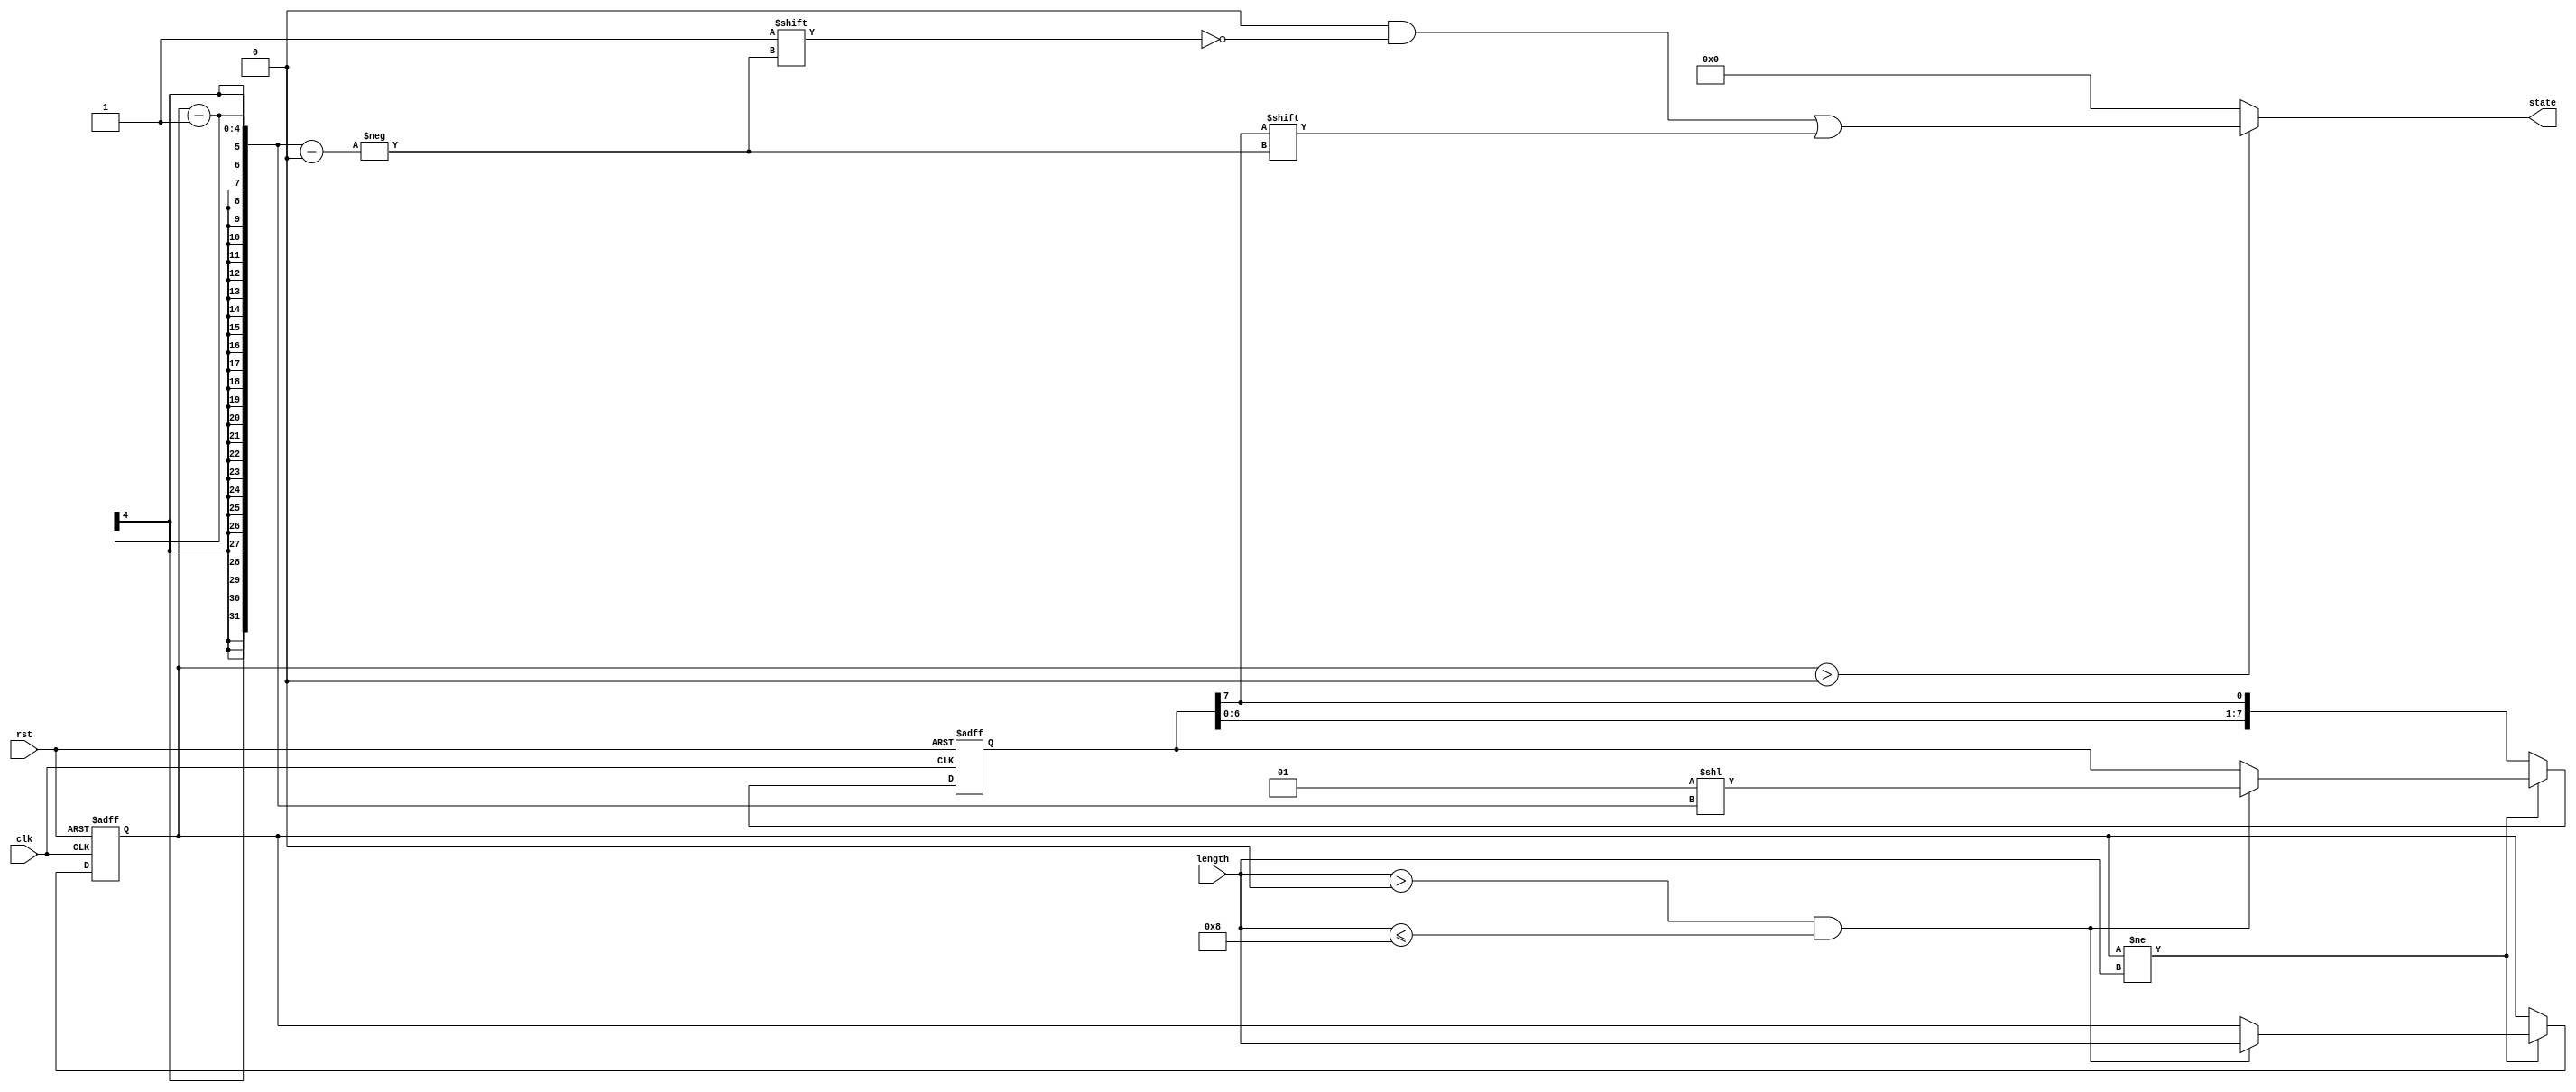
module variable_length_ring_counter #(
    parameter MAX_LENGTH = 8 // Maximum length of the ring counter
)(
    input wire clk,               // Clock signal
    input wire rst,               // Reset signal
    input wire [3:0] length,      // Desired length of the ring counter (1 to MAX_LENGTH)
    output reg [MAX_LENGTH-1:0] state // Current state of the ring counter
);

    reg [MAX_LENGTH-1:0] shift_reg; // Shift register to hold the current state
    reg [3:0] current_length;        // Current length of the ring counter

    // Initialize the counter
    always @(posedge clk or posedge rst) begin
        if (rst) begin
            // On reset, initialize the state
            shift_reg <= 1 << (MAX_LENGTH - 1); // Set the first bit to '1'
            current_length <= 1; // Default length to 1
        end else begin
            // Check if the length has changed
            if (current_length != length) begin
                if (length > 0 && length <= MAX_LENGTH) begin
                    // Update current length
                    current_length <= length;
                    // Reinitialize the state
                    shift_reg <= 1 << (current_length - 1); // Set the first bit to '1'
                end
            end else begin
                // Shift the register to the left
                shift_reg <= {shift_reg[MAX_LENGTH-2:0], shift_reg[MAX_LENGTH-1]};
            end
        end
    end

    // Assign the output state
    always @(*) begin
        // Clear the output state
        state = {MAX_LENGTH{1'b0}};
        // Set the active bit based on current length
        if (current_length > 0) begin
            state[current_length - 1] = shift_reg[MAX_LENGTH - 1]; // Active bit
        end
    end

endmodule